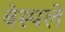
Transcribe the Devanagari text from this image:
बेस्पले